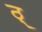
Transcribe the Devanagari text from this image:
ठ्‌